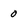
Character: 0